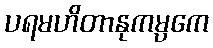
ပရမဟိတာနုကမ္ပကေ